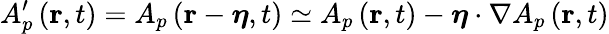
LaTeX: A_{p}^{\prime}\left(\mathbf{r},t\right)=A{}_{p}\left(\mathbf{r}-\boldsymbol{\eta},t\right)\simeq A_{p}\left(\mathbf{r},t\right)-\boldsymbol{\eta}\cdot\nabla A_{p}\left(\mathbf{r},t\right)